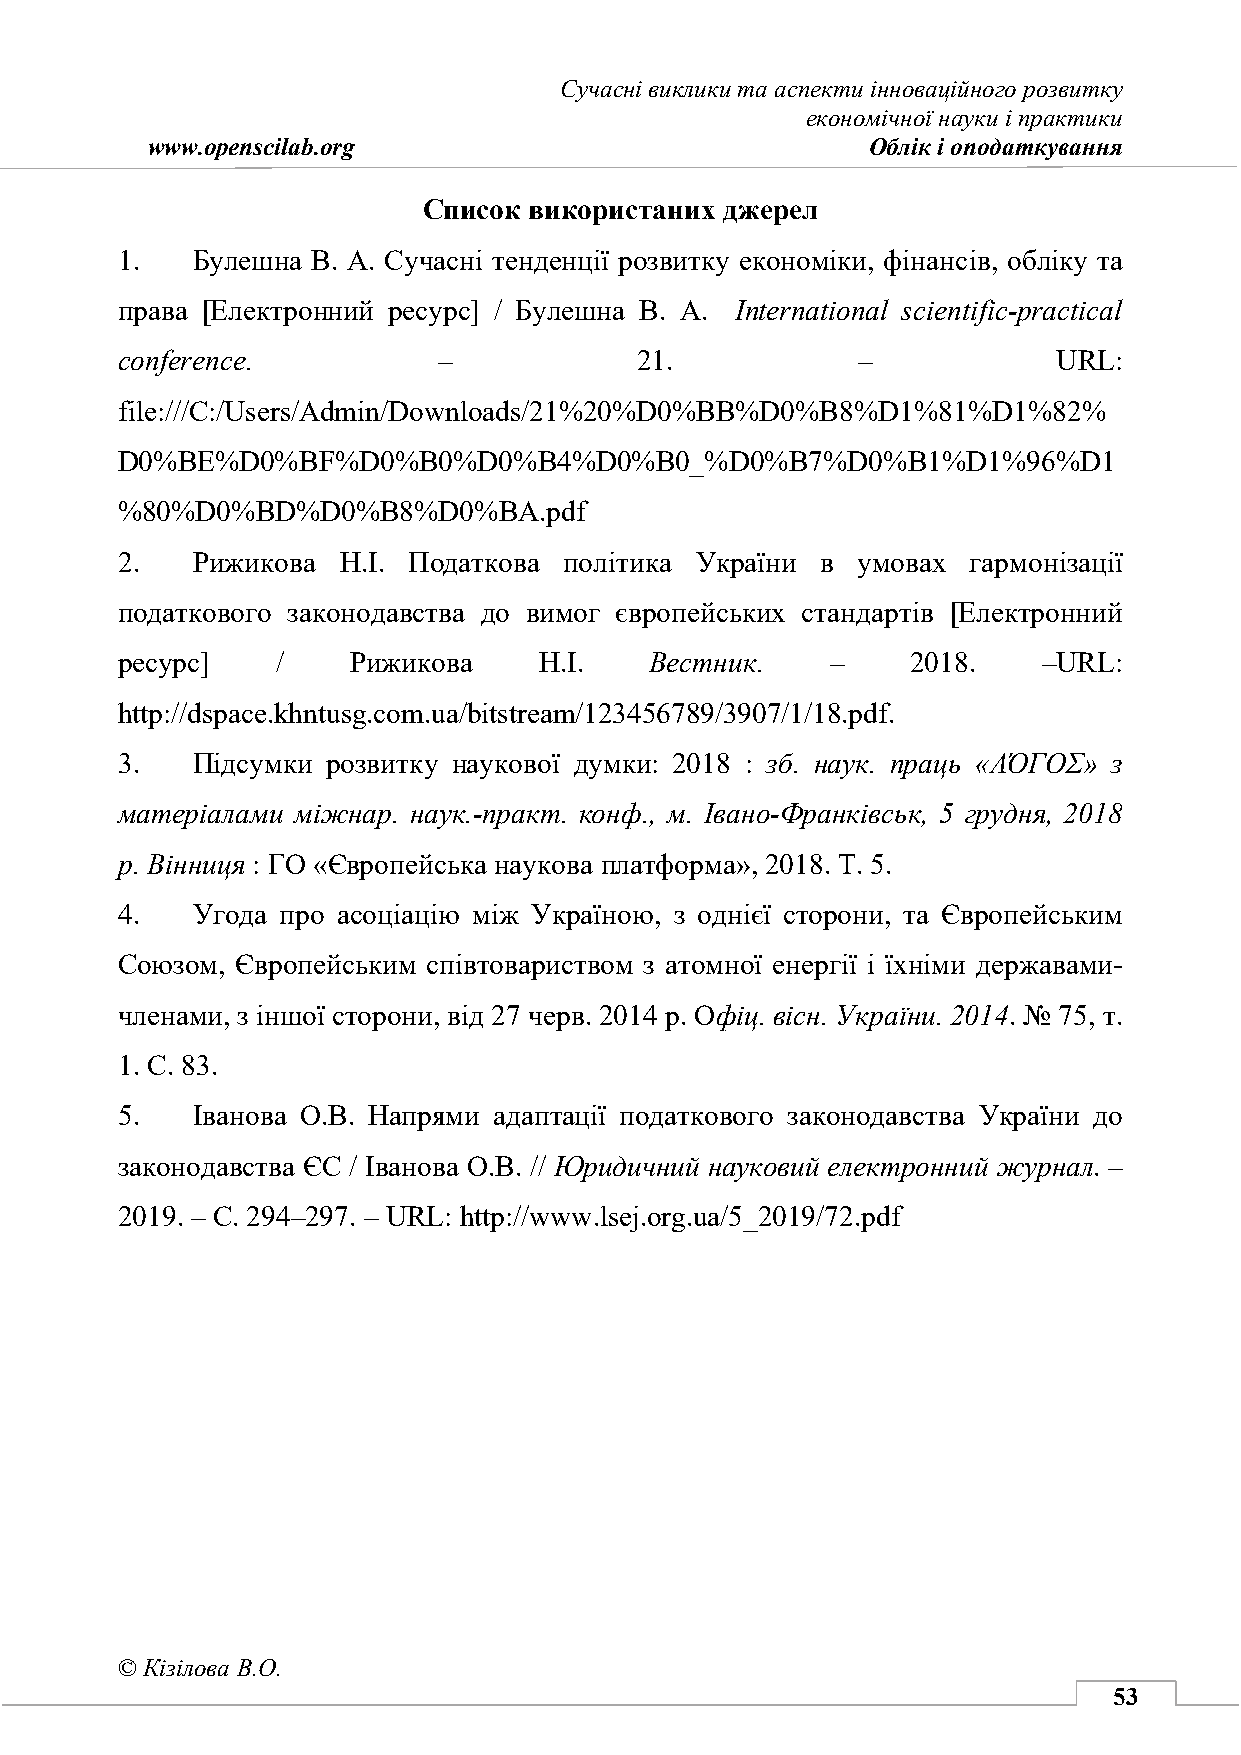
Сучасні виклики та аспекти інноваційного розвитку
 економічної науки і практики
 www.openscilab.org                             Облік і оподаткування
 Список використаних джерел
 1.   Булешна В. А. Сучасні тенденції розвитку економіки, фінансів, обліку та
 права [Електронний ресурс] / Булешна В. А. Іnternational scientific-practical
 conference.          –            21.            –            URL:
 file:///C:/Users/Admin/Downloads/21%20%D0%BB%D0%B8%D1%81%D1%82%
 D0%BE%D0%BF%D0%B0%D0%B4%D0%B0_%D0%B7%D0%B1%D1%96%D1
 %80%D0%BD%D0%B8%D0%BA.pdf
 2.   Рижикова Н.І. Податкова політика України в  умовах гармонізації
 податкового законодавства до вимог європейських стандартів [Електронний
 ресурс]   /    Рижикова     Н.І.   Вестник.    –    2018.    –URL:
 http://dspace.khntusg.com.ua/bitstream/123456789/3907/1/18.pdf.
 3.   Підсумки розвитку наукової думки: 2018 : зб. наук. праць «ΛΌГOΣ» з
 матеріалами міжнар. наук.-практ. конф., м. Івано-Франківськ, 5 грудня, 2018
 р. Вінниця : ГО «Європейська наукова платформа», 2018. Т. 5.
 4.   Угода про асоціацію між Україною, з однієї сторони, та Європейським
 Союзом, Європейським співтовариством з атомної енергії і їхніми державами-
 членами, з іншої сторони, від 27 черв. 2014 р. Офіц. вісн. України. 2014. № 75, т.
 1. С. 83.
 5.   Іванова О.В. Напрями адаптації податкового законодавства України до
 законодавства ЄС / Іванова О.В. // Юридичний науковий електронний журнал. –
 2019. – С. 294–297. – URL: http://www.lsej.org.ua/5_2019/72.pdf
 © Кізілова В.О.
 53